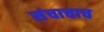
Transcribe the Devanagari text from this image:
संचाचाच